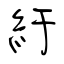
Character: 紆